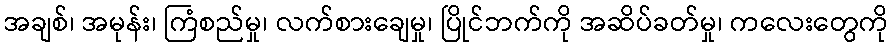
အချစ်၊ အမုန်း၊ ကြံစည်မှု၊ လက်စားချေမှု၊ ပြိုင်ဘက်ကို အဆိပ်ခတ်မှု၊ ကလေးတွေကို